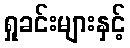
ရှုခင်းများနှင့်